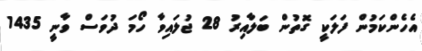
އެހެންކަމުން ފަލަކީ ގޮތުން ބަލާއިރު 28 ޖުލައިވާ ހޯމަ ދުވަސް ވާނީ 1435